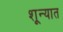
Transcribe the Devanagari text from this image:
शून्यात